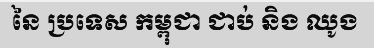
នៃ ប្រទេស កម្ពុជា ជាប់ និង ឈូង